system: You are a helpful assistant.
user:
Analyze the provided spectrum to determine if it is a **M-type Giant (gM)**.

A M-type Giant spectrum is defined by its **strong molecular absorption** features, particularly from **Titanium Oxide (TiO)**. You must check for one of the following mutually exclusive signatures:

- **Key Visual Indicators (Absorption-Dominated Spectrum):**

    - **(Primary):** The spectrum is dominated by strong molecular absorption from **Titanium Oxide (TiO)**. This is the **defining feature** of its M-type temperature class.
        - **(Key Bandheads):** Look for sharp, "saw-tooth" absorption valleys. The strongest are located near **~7050 Å**, **~6160 Å**, and **~5170 Å**.
        - **(Line Profile):** The "saw-tooth" morphology is critical: a **sharp, steep drop on the BLUE (short-wavelength) side** of the bandhead, followed by a gradual recovery (rising flux) towards the RED (long-wavelength) side.

    - **(Key Confirmation - Giant vs. Dwarf):** **ABSENCE** of strong **Calcium Hydride (CaH)** molecular bands. This is the primary diagnostic for *excluding* M-dwarfs.
        - **(Key Region):** The spectrum should lack the strong, broad absorption band seen in dwarfs between **~6800 Å and ~7000 Å**.

    - **(Secondary Confirmation - Giant):** A very strong and broad **Neutral Calcium (Ca I)** atomic absorption line.
        - **(Key Line):** Located at **~4226 Å**. In a giant (gM), this line is significantly deeper and broader than the same line in an M-dwarf (dM) due to low surface gravity.

    - **(Overall Spectrum):**
        - The continuum is **extremely red-sloping** (i.e., flux is very low in the blue and rises dramatically towards the red).
        - The entire spectrum appears "chopped up" by the deep TiO bands.

Think first, call **spectral_visualization_tool** if needed to examine features in detail, then provide your final answer. Your response must adhere to the following strict rules:
1.  **Overall Structure:** Your response must follow the format `<think>...</think> <tool_call>...</tool_call> (if a tool is used) <answer>...</answer>`.
2.  **Tool Usage Constraint:** You may only make **one** tool call per turn.
3.  **Final Answer Format:** In the `<answer>` tag, your conclusion must be inside a `\boxed{}` command (e.g., `\boxed{YES}` or `\boxed{NO}`), followed by your justification.

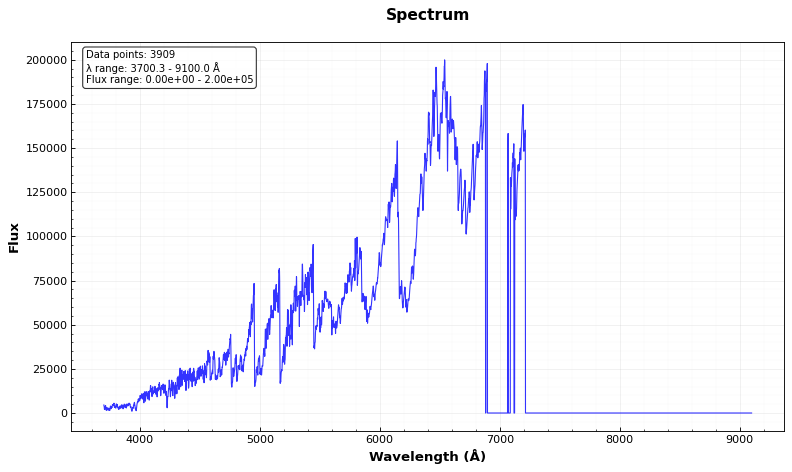
Answer: YES